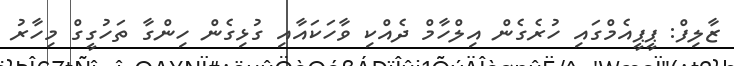
ޒާލިފް: ޕީޕީއެމްގައި ހުރެގެން އިލްހާމް ދެއްކި ވާހަކައާއި ގުޅިގެން ހިންގާ ތަހުގީގް މިހާރު